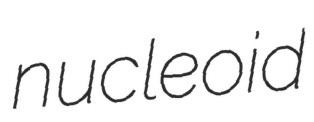
nucleoid